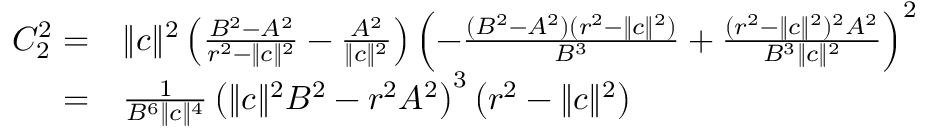
\begin{array} { r l } { C _ { 2 } ^ { 2 } = } & { \| c \| ^ { 2 } \left( \frac { B ^ { 2 } - A ^ { 2 } } { r ^ { 2 } - \| c \| ^ { 2 } } - \frac { A ^ { 2 } } { \| c \| ^ { 2 } } \right) \left( - \frac { ( B ^ { 2 } - A ^ { 2 } ) ( r ^ { 2 } - \| c \| ^ { 2 } ) } { B ^ { 3 } } + \frac { ( r ^ { 2 } - \| c \| ^ { 2 } ) ^ { 2 } A ^ { 2 } } { B ^ { 3 } \| c \| ^ { 2 } } \right) ^ { 2 } } \\ { = } & { \frac { 1 } { B ^ { 6 } \| c \| ^ { 4 } } \left( \| c \| ^ { 2 } B ^ { 2 } - r ^ { 2 } A ^ { 2 } \right) ^ { 3 } \left( r ^ { 2 } - \| c \| ^ { 2 } \right) } \end{array}